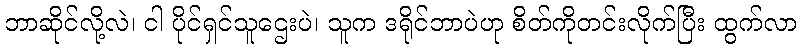
ဘာဆိုင်လို့လဲ၊ ငါ ပိုင်ရှင်သူဌေးပဲ၊ သူက ဒရိုင်ဘာပဲဟု စိတ်ကိုတင်းလိုက်ပြီး ထွက်လာ